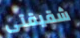
شقيقتى